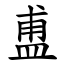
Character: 盙